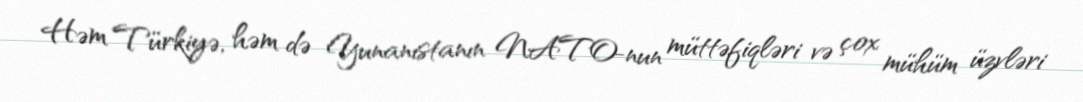
Həm Türkiyə, həm də Yunanıstanın NATO-nun müttəfiqləri və çox mühüm üzvləri